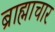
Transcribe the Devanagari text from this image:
ब्राह्माचार